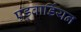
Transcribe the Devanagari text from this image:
एड्वार्डियन